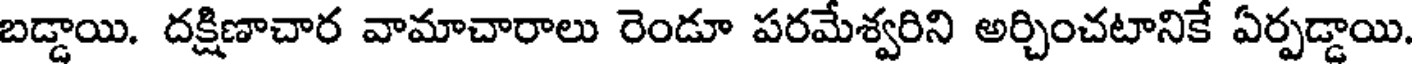
బడ్డాయి. దక్షిణాచార వామాచారాలు రెండూ పరమేశ్వరిని అర్చించటానికే ఏర్పడ్డాయి